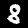
Label: 8